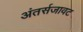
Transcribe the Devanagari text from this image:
अंतर्सजावट